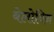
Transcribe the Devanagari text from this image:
बेलोविन